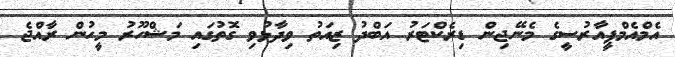
އެމްއެމްޕީއާރުސީގެ މެނޭޖިން ޑިރެކްޓަރު އަބްދު ޒިއަތު ވިދާޅުވި ގޮތުގައި މަޝްހޫރު މީހުން ރާއްޖެ